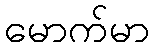
မောက်မာ